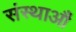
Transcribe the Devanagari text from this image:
संस्थाऔं